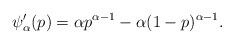
LaTeX: \begin{align*}\psi'_\alpha(p) = \alpha p^{\alpha -1} -\alpha (1-p)^{\alpha-1}. \end{align*}